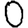
Digit: 0